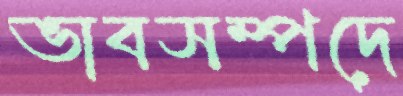
ভাবসম্পদে